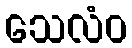
သေလံဝ